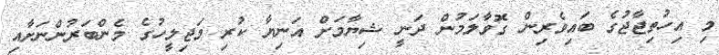
މި އިހުތިޖާޖުގެ ބައިވެރިން ގޮވާލަމުން ދަނީ ޝިޔާމަށް އަނިޔާ ކުރި މަޖިލީހުގެ މެންބަރުންނަށާއި